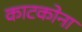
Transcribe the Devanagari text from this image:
काटकोना